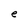
Character: e